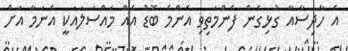
އެ ހާދިސާއާ ގުޅިގެން ފެންމަތިވި އެންމެ ބޮޑު އެއް މައްސަލައަކީ އެނަމާ އަށް